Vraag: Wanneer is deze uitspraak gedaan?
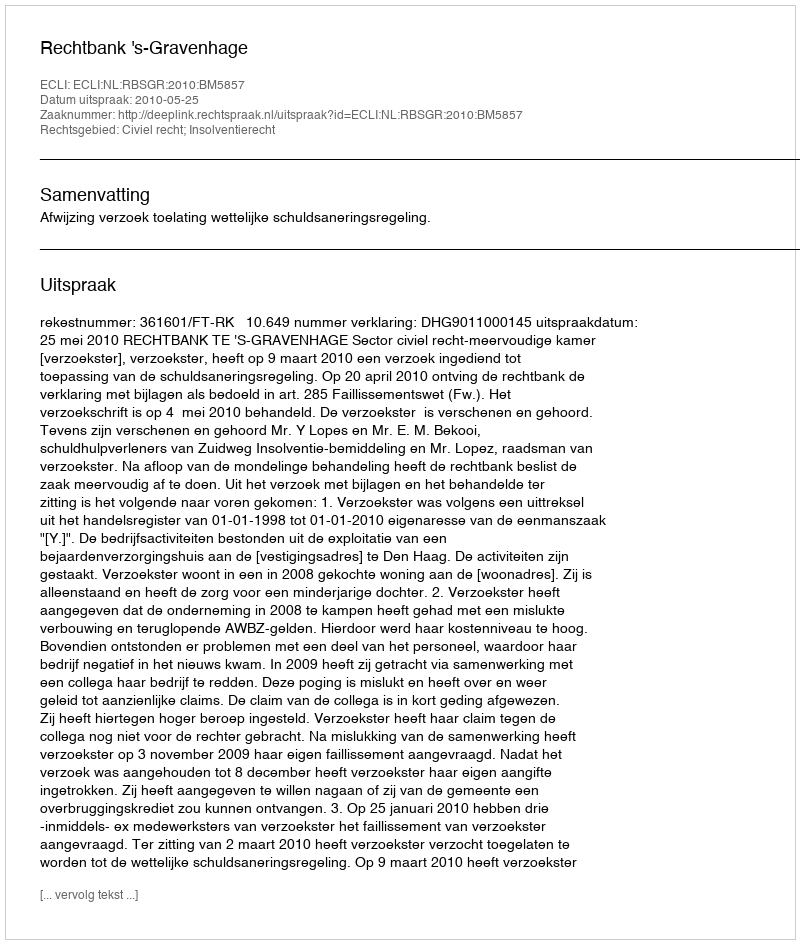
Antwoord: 2010-05-25